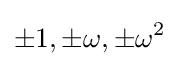
\pm 1,\pm \omega ,\pm \omega ^{2}